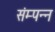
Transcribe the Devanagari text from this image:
संम्पन्न